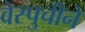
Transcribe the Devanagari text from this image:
वेस्पुचीने